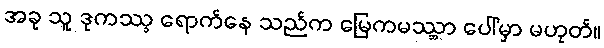
အခု သူ ဒုကဿ္ခ ရောက်နေ သည်က မြေကမဿ္ဘာ ပေါ်မှာ မဟုတ်။